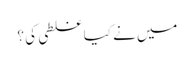
میں نے کیا غلطی کی ؟